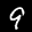
Label: 9